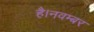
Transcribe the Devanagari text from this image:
है।नवम्बर